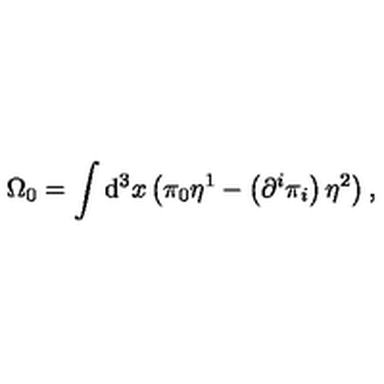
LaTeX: \Omega _ { 0 } = \int \mathrm { d } ^ { 3 } x \left( \pi _ { 0 } \eta ^ { 1 } - \left( \partial ^ { i } \pi _ { i } \right) \eta ^ { 2 } \right) ,